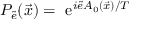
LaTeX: P _ { \tilde { e } } ( \vec { x } ) = \mathrm { ~ e } ^ { i \tilde { e } A _ { 0 } ( \vec { x } ) / T }